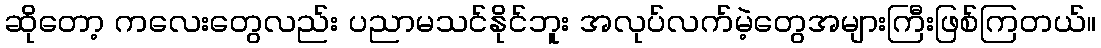
ဆိုတော့ ကလေးတွေလည်း ပညာမသင်နိုင်ဘူး အလုပ်လက်မဲ့တွေအများကြီးဖြစ်ကြတယ်။